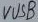
Text: VUSB